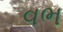
વભ